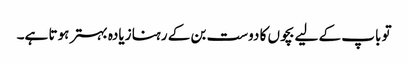
تو باپ کے لیے بچوں کا دوست بن کے رہنا زیادہ بہتر ہوتا ہے۔